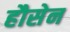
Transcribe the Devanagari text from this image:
हौसेन